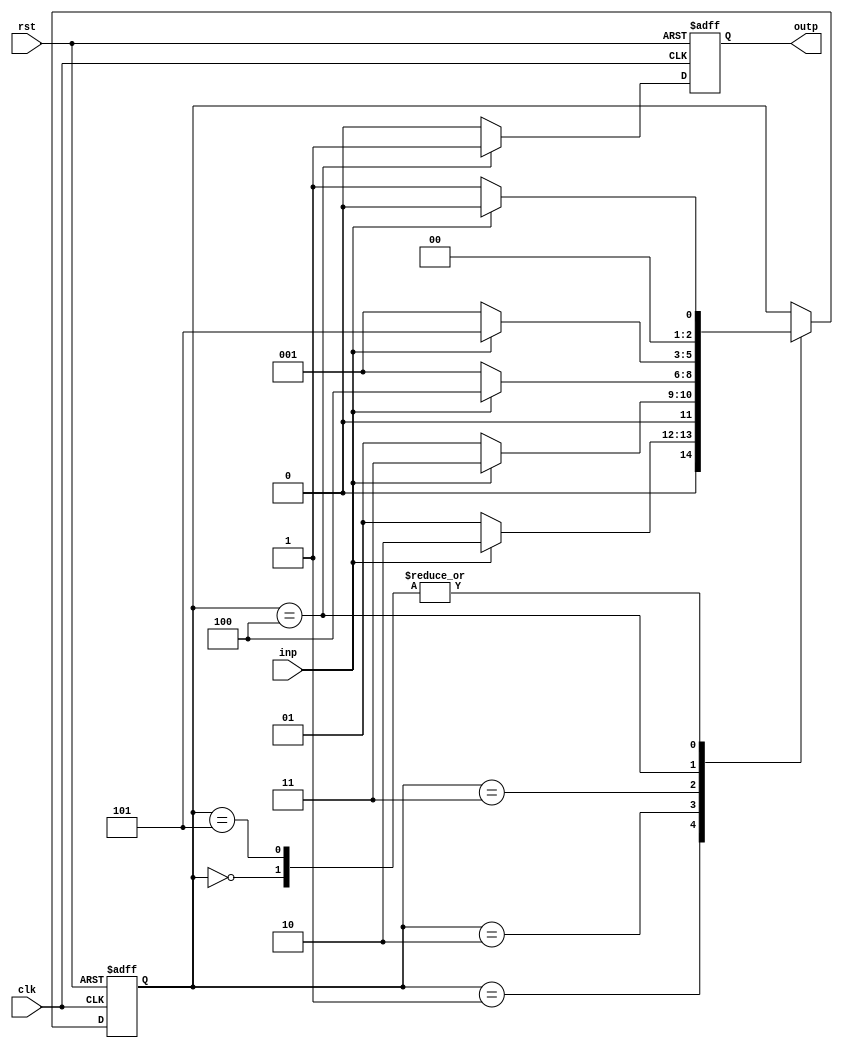
module consmoore (clk, rst, inp, outp);
input clk, rst, inp;
output reg outp;
reg [2:0] state;
parameter s0=3'b000, s1=3'b001, s2=3'b010, s3=3'b011, s4=3'b100, s5=3'b101, s6=3'b110, s7=3'b111;
always @(posedge clk, posedge rst)  //Handling clock and reset
if (rst)			    //Sequence Logic
state <= s0;			    //Active low reset
else begin		 	    //At reset=1, the states are initialized
case (state)			    //Case Statements for all the different states
s0: begin if (inp) state <= s0;	    //State 0
else state <= s1; end
s1: begin if (inp) state <= s2;     //State 1
else state <=s1; end
s2: begin if (inp) state <= s3;	    //State 2
else state <=s1; end
s3: begin if (inp) state <= s4;     //State 3
else state <=s1; end
s4: begin if (inp) state <= s5;     //State 4
else state <= s1; end
s5: begin if (inp) state <= s0;     //State 5
else state <=s1; end
endcase
end
always @(posedge clk, posedge rst)  //Output Logic
begin if (rst)
outp <=0;
else if (state == s4)
outp <=1;
else outp <=0; end
endmodule